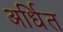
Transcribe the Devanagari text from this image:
अर्धित